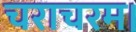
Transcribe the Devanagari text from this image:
चराचरम।